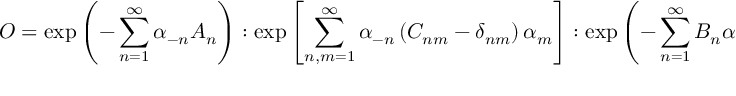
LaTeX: { \cal O } = \exp \left( - \sum _ { n = 1 } ^ { \infty } \alpha _ { - n } A _ { n } \right) : \exp \left[ \sum _ { n , m = 1 } ^ { \infty } \alpha _ { - n } \left( C _ { n m } - \delta _ { n m } \right) \alpha _ { m } \right] : \exp \left( - \sum _ { n = 1 } ^ { \infty } B _ { n } \alpha _ { n } \right) \mathrm { e } ^ { - \phi }